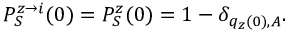
P _ { S } ^ { z \rightarrow i } ( 0 ) = P _ { S } ^ { z } ( 0 ) = 1 - \delta _ { q _ { z } ( 0 ) , A } .